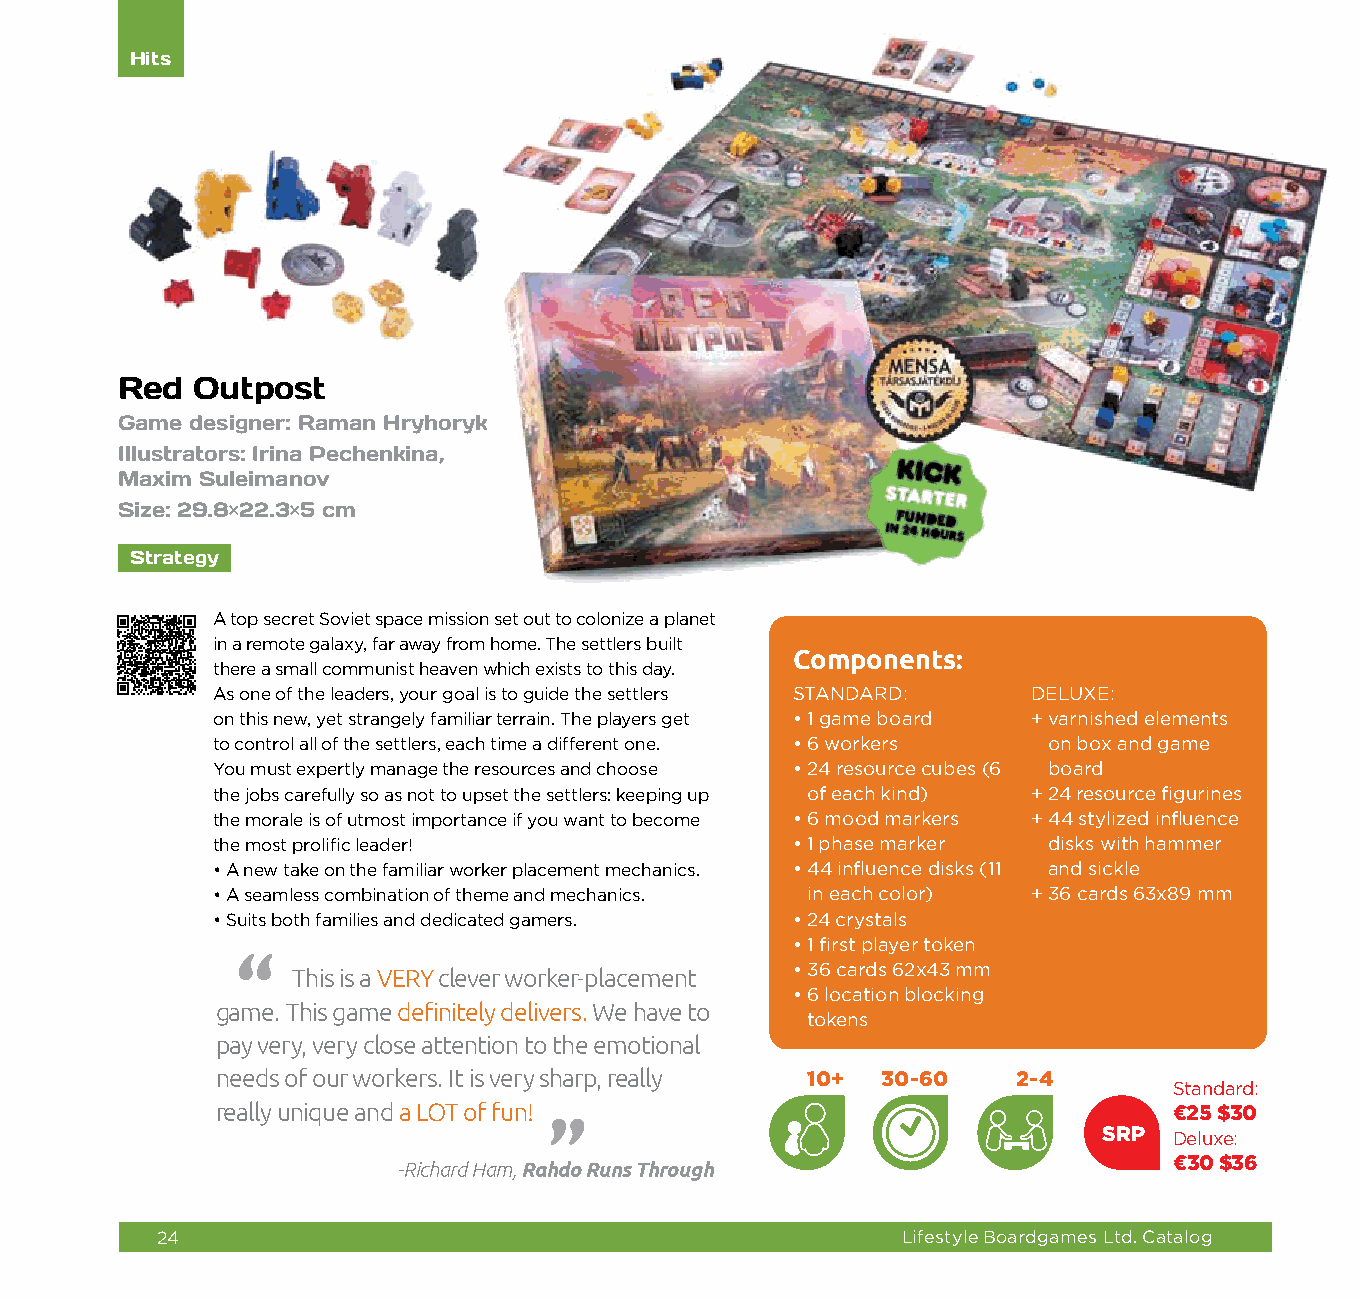
Hits
 Red  Outpost
 Game designer: Raman Hryhoryk
 Illustrators: Irina Pechenkina,
 Maxim Suleimanov
 Size: 29.8×22.3×5 cm
 Strategy
 A top secret Soviet space mission set out to colonize a planet
 in a remote galaxy, far away from home. The settlers built
 Components:
 there a small communist heaven which exists to this day.
 As one of the leaders, your goal is to guide the settlers STANDARD: DELUXE:
 on this new, yet strangely familiar terrain. The players get • 1 game board + varnished elements
 to control all of the settlers, each time a different one. • 6 workers on box and game
 You must expertly manage the resources and choose • 2 4 resource cubes (6 board
 the jobs carefully so as not to upset the settlers: keeping up of each kind) + 2 4 resource figurines
 the morale is of utmost importance if you want to become • 6 mood markers + 4 4 stylized influence
 the most prolific leader!             • 1 phase marker disks with hammer
 • A "new take on the familiar worker placement mechanics. • 4 4 influence disks (11 and sickle
 • A seamless combination of theme and mechanics. in each color) + 3 6 cards 63x89 mm
 • Suits both families and dedicated gamers. • 2 4 crystals
 • 1 first player token
 • 3 6 cards 62x43 mm
 This is a VERY clever worker-placement
 • 6 location blocking
 game. This game definitely delivers. We have to
 tokens
 pay very, very close attention to the emotional
 needs of our workers. It is very sharp, really 10+ 30-60 2-4
 Standard:
 really unique and a LOT of fun!                                 €25 $30
 "                                    SRP  Deluxe:
 €30 $36
 -Richard Ham, Rahdo Runs Through
 24                                                Lifestyle Boardgames Ltd. Catalog